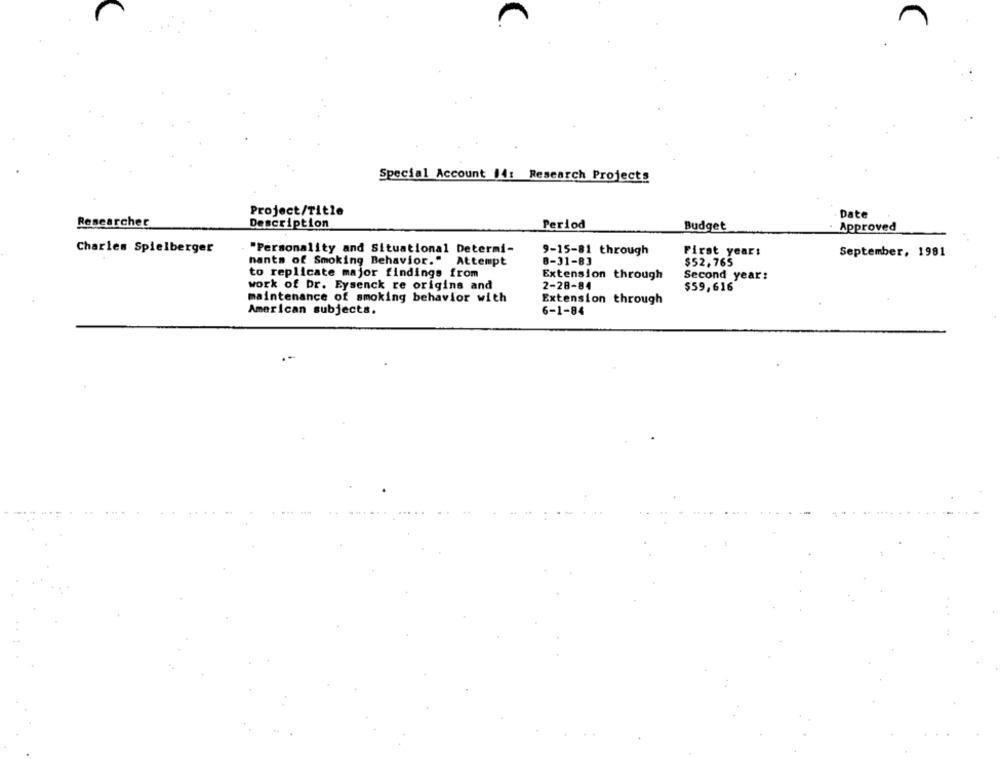
Special Account 14: Research Projects
Project/Title
Date
Researcher
Description
Period
Budget
Approved
Charles Spielberger
"Personality and Situational Determi-
9-15-81 through
First year:
September, 1981
nants of Smoking Behavior." Attempt
B-31-83
$52.765
to replicate major findings from
Extension through
Second year:
work of Dr. Eysenck re origins and
2-28-84
$59,616
maintenance of smoking behavior with
Extension through
American subjects.
6-1-84